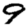
Digit: 9